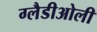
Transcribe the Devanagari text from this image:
ग्‍लैडीओली